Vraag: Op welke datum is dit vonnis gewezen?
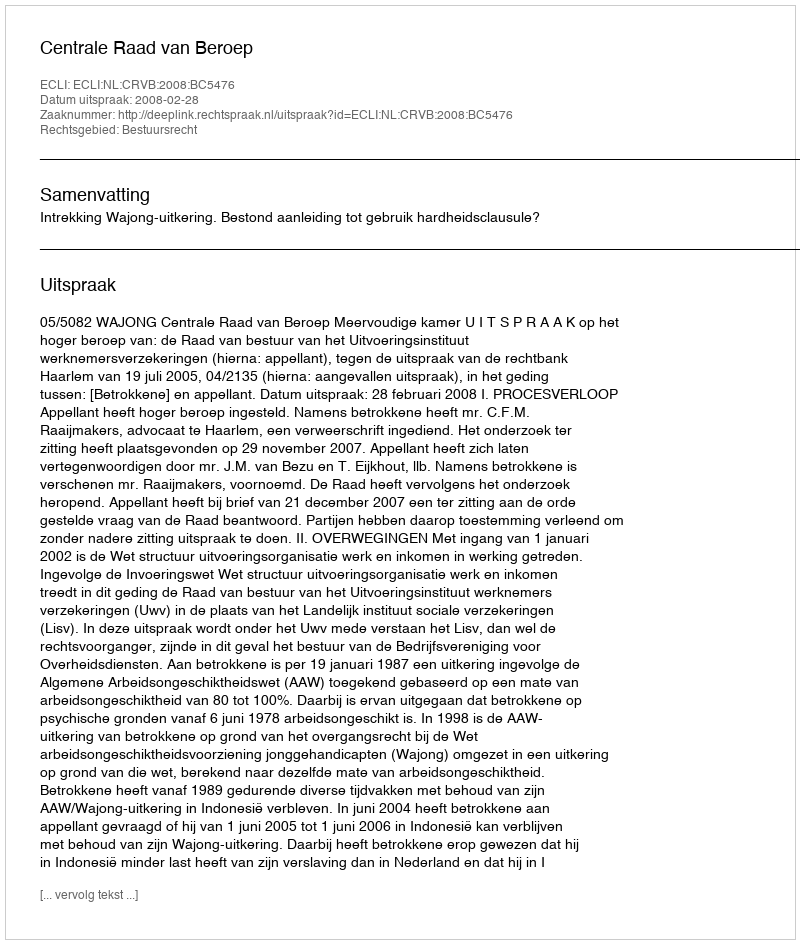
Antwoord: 2008-02-28